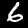
Label: 6